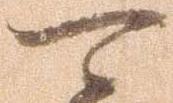
可